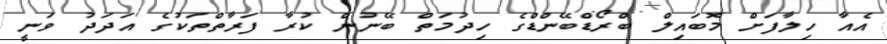
އެއާ ހިލާފަށް މޮބައިލް ބްރޯޑްބޭންޑްގެ ހިދުމަތް ބޭނުން ކުރާ ފަރާތްތަކުގެ އަދަދު ވަނީ